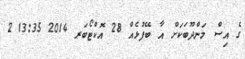
ގެ އިސް މަންދޫބަކަށް އާ ބޭފުޅެއްް 28 އޮކްޓޯބަރ 2014 13:35 2